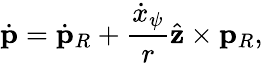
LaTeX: \dot{\mathbf{p}}=\dot{\mathbf{p}}_{R}+\frac{\dot{x}_{\psi}}{r}\hat{\mathbf{z}}\times\mathbf{p}_{R},